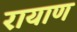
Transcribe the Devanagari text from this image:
रायाण